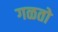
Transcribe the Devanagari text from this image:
गळतो